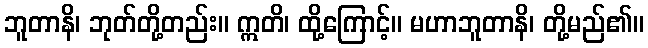
ဘူတာနိ၊ ဘုတ်တို့တည်း။ ဣတိ၊ ထို့ကြောင့်။ မဟာဘူတာနိ၊ တို့မည်၏။